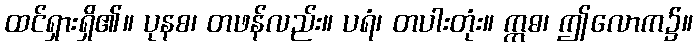
ထင်ရှားရှိ၏။ ပုနစ၊ တဖန်လည်း။ ပရံ၊ တပါးတုံး။ ဣဓ၊ ဤလောက၌။